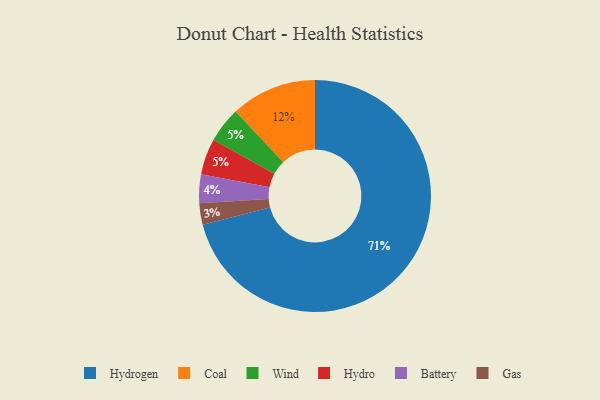
{"axis": {"x": "Category", "y": "Percentage"}, "legend": ["Battery", "Coal", "Gas", "Hydro", "Hydrogen", "Wind"], "data": [{"x": "Coal", "y": 12, "type": "Coal"}, {"x": "Wind", "y": 5, "type": "Wind"}, {"x": "Battery", "y": 4, "type": "Battery"}, {"x": "Hydro", "y": 5, "type": "Hydro"}, {"x": "Gas", "y": 3, "type": "Gas"}, {"x": "Hydrogen", "y": 71, "type": "Hydrogen"}]}